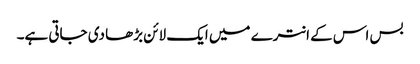
بس اس کے انترے میں ایک لائن بڑھا دی جاتی ہے۔